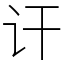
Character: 讦